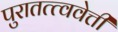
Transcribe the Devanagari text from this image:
पुरातत्त्ववेत्ती